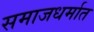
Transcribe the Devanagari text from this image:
समाजधर्मात